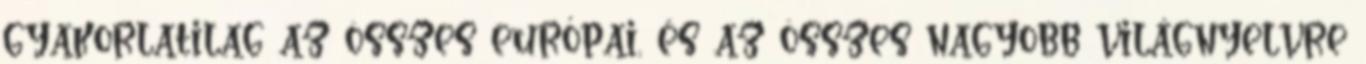
gyakorlatilag az összes európai, és az összes nagyobb világnyelvre